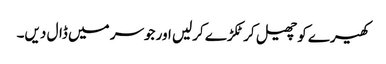
کھیرے کو چھیل کر ٹکڑے کرلیں اور جوسر میں ڈال دیں۔